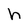
Character: h